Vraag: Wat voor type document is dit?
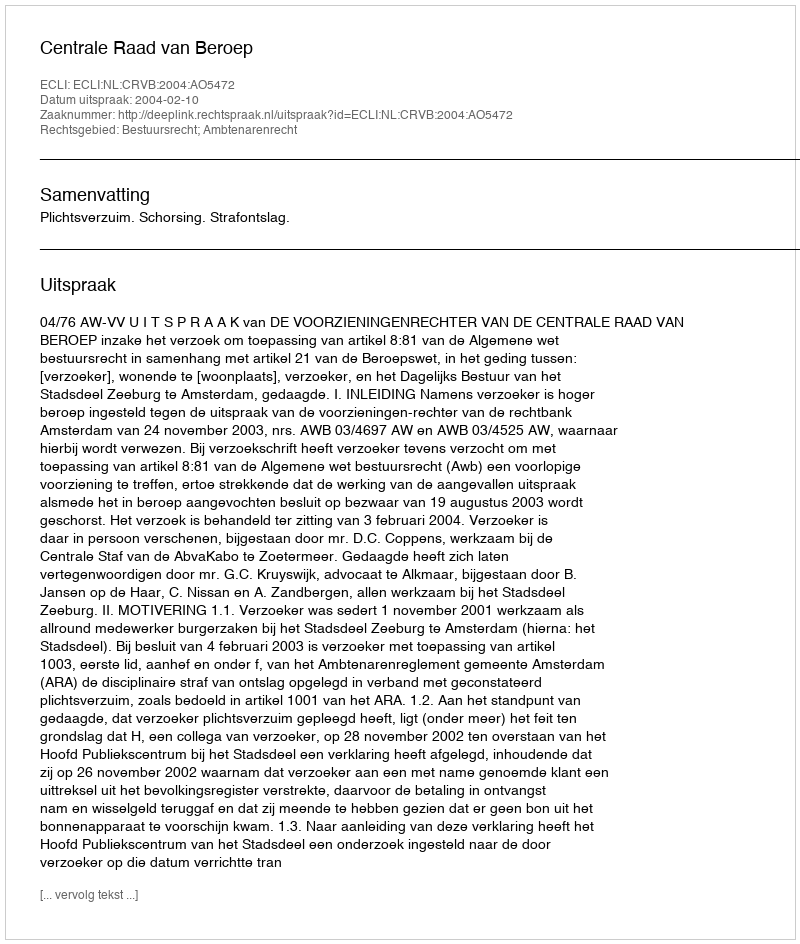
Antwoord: Uitspraak